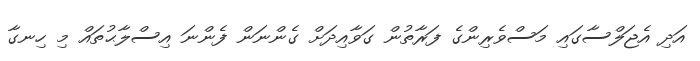
އަދި އެޖަލްސާގައި މަސްވެރިންގެ ފަރާތުން ގަވާއިދަށް ގެންނަން ފެންނަ އިސްލާޙުތައް މި ހިނގާ